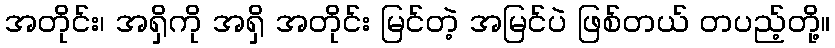
အတိုင်း၊ အရှိကို အရှိ အတိုင်း မြင်တဲ့ အမြင်ပဲ ဖြစ်တယ် တပည့်တို့။